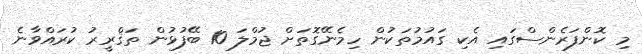
މި ކޮންފަރެންސްގައި އެކި ގައުމުތަކުން ހިމެނޭގޮތަށް ޖުމްލަ 10 ބޭފުޅުން ތަޤްރީރު ކުރައްވާނެ